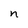
Character: n